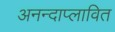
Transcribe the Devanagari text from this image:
अनन्दाप्लावित